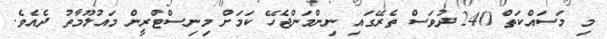
މި މަސައްކަތް 240 ދުވަސް ތެރޭގައި ނިންމަންޖެހޭ ކަމަށް މިނިސްޓްރީން މައުލޫމާތު ދެއެވެ.